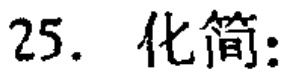
25. 化简: